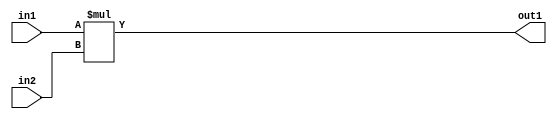
`timescale 1ps / 1ps
/*****************************************************************************
    Verilog RTL Description
    
    
    Created by: Stratus DpOpt 2019.1.01 
*******************************************************************************/

module GaussianFilter_Mul_2Ux2U_4U_1 (
	in2,
	in1,
	out1
	); /* architecture "behavioural" */ 
input [1:0] in2,
	in1;
output [3:0] out1;
wire [3:0] asc001;

assign asc001 = 
	+(in1 * in2);

assign out1 = asc001;
endmodule

/* CADENCE  urn3Qw4= : u9/ySgnWtBlWxVPRXgAZ4Og= ** DO NOT EDIT THIS LINE ******/